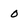
Character: 0